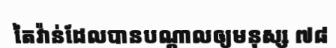
តៃវ៉ាន់ដែលបានបណ្តាលឲ្យមនុស្ស ៧៨